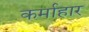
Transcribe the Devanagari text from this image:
कर्माहार